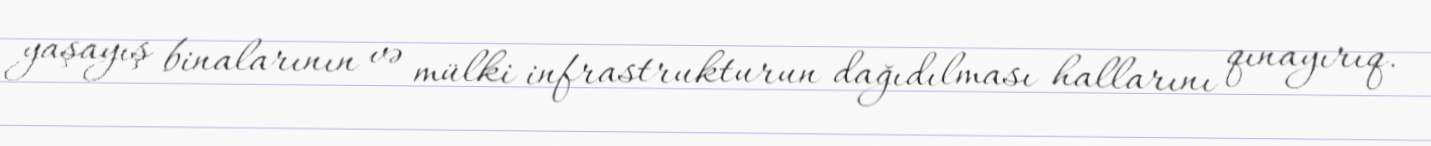
yaşayış binalarının və mülki infrastrukturun dağıdılması hallarını qınayırıq.